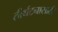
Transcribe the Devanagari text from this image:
तीर्थटनासाठी